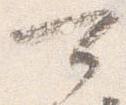
可